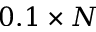
0 . 1 \times N